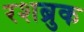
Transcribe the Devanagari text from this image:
रशब्रुक